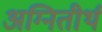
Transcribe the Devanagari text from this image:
अग्‍नितीर्थ